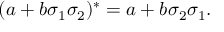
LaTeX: ( a + b \sigma _ { 1 } \sigma _ { 2 } ) ^ { * } = a + b \sigma _ { 2 } \sigma _ { 1 } .